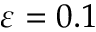
\varepsilon = 0 . 1